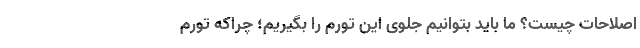
اصلاحات چیست؟ ما باید بتوانیم جلوی این تورم را بگیریم؛ چراکه تورم